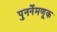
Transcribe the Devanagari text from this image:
पुनर्नेमणूक